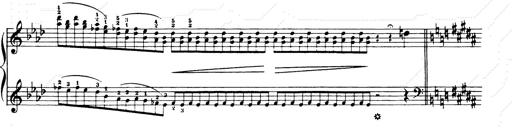
Title: Consolations and LiebestrÃ¤ume for the Piano
Composer: Franz Liszt